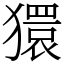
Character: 獧